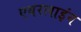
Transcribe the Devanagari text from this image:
एयरलाइंन